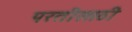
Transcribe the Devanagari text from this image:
परतीसाठी